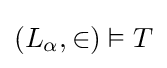
(L_{\alpha },\in )\vDash T